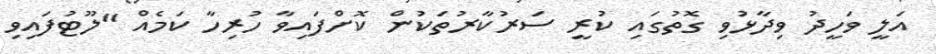
އަލީ ވަހީދު ވިދާޅުވި ގޮތުގައި ކުރީ ސަރުކާރުތަކުން ކޮށްފައިވާ ހުރިހާ ކަމެއް "ލޫޓުފައިވި